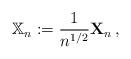
LaTeX: \begin{align*}{\mathbb{X}}_{n}:=\frac{1}{n^{1/2}}\mathbf{X}_{n}\,, \end{align*}